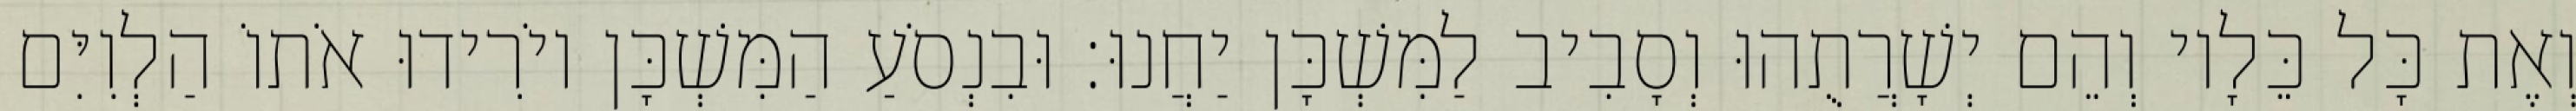
וְאֶת כָּל כֵּלָיו וְהֵם יְשָׁרֲתֻהוּ וְסָבִיב לַמִּשְׁכָּן יַחֲנוּ׃ וּבִנְסֹעַ הַמִּשְׁכָּן יוֹרִידוּ אֹתוֹ הַלְוִיִּם